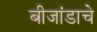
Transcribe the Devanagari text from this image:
बीजांडाचे